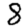
Digit: 8